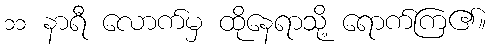
၁၁ နာရီ လောက်မှ ထိုနေရာသို့ ရောက်ကြ၏။